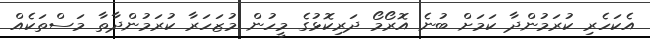
އެކަހެރި ކުރަމުންދާ ކަމަށް ބުނެ އޮރޯމޯ ދަރިކޮޅުގެ މީހުން މުޒަހަރާ ކުރަމުންދާތާ މަސްތަކެއް